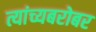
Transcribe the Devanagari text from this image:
त्यांच्यबरोबर